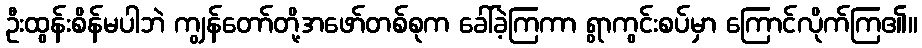
ဦးထွန်းစိန်မပါဘဲ ကျွန်တော်တို့အဖော်တစ်စုက ခေါ်ခဲ့ကြကာ ရွာကွင်းစပ်မှာ ကြောင်လိုက်ကြ၏။